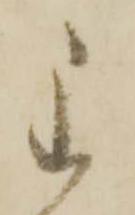
主